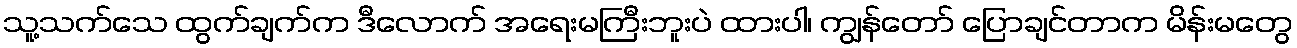
သူ့သက်သေ ထွက်ချက်က ဒီလောက် အရေးမကြီးဘူးပဲ ထားပါ၊ ကျွန်တော် ပြောချင်တာက မိန်းမတွေ